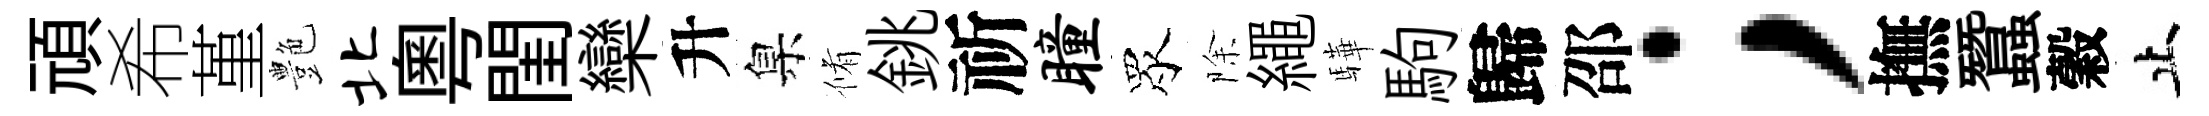
頑希堇艶北粵閨欒升臬脩銚祈瞳眾除繩驊駒歸邵；撫蠶穀止